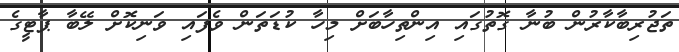
ތަޖުރިބާކާރުން ބުނާ ގޮތުގައި އިންތިހާބަށް މިހާ ކުޑަތަން ވެފައި ވަނިކޮށް ލޭބާ ޕާޓީގެ